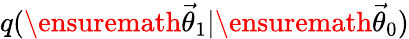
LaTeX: q(\ensuremath{\vec{\theta}}_{1}|\ensuremath{\vec{\theta}}_{0})